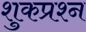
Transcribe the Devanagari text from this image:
शुकप्रश्न